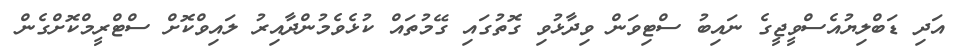
އަދި ޑަބްލިޔުއެސްވީޖީގެ ނައިބު ސްޓިވަން ވިދާޅުވި ގޮތުގައި ގޭމުތައް ކުޅެވެމުންދާއިރު ލައިވްކޮށް ސްޓްރީމްކޮށްގެން